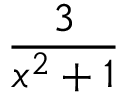
\frac { 3 } { x ^ { 2 } + 1 }